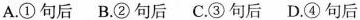
A.①句后B.②句后C.③句后D.④句后